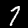
Digit: 7